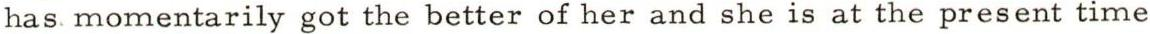
has momentarily got the better of her and she is at the present time